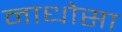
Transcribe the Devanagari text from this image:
नाधोसा